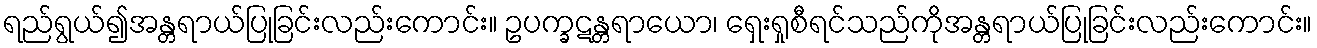
ရည်ရွယ်၍အန္တရာယ်ပြုခြင်းလည်းကောင်း။ ဥပက္ခဋန္တရာယော၊ ရှေးရှုစီရင်သည်ကိုအန္တရာယ်ပြုခြင်းလည်းကောင်း။